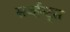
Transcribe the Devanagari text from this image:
सर्व्हन्ट्स